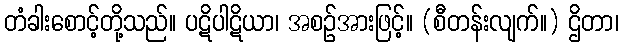
တံခါးစောင့်တို့သည်။ ပဋိပါဋိယာ၊ အစဉ်အားဖြင့်။ (စီတန်းလျက်။) ဌိတာ၊